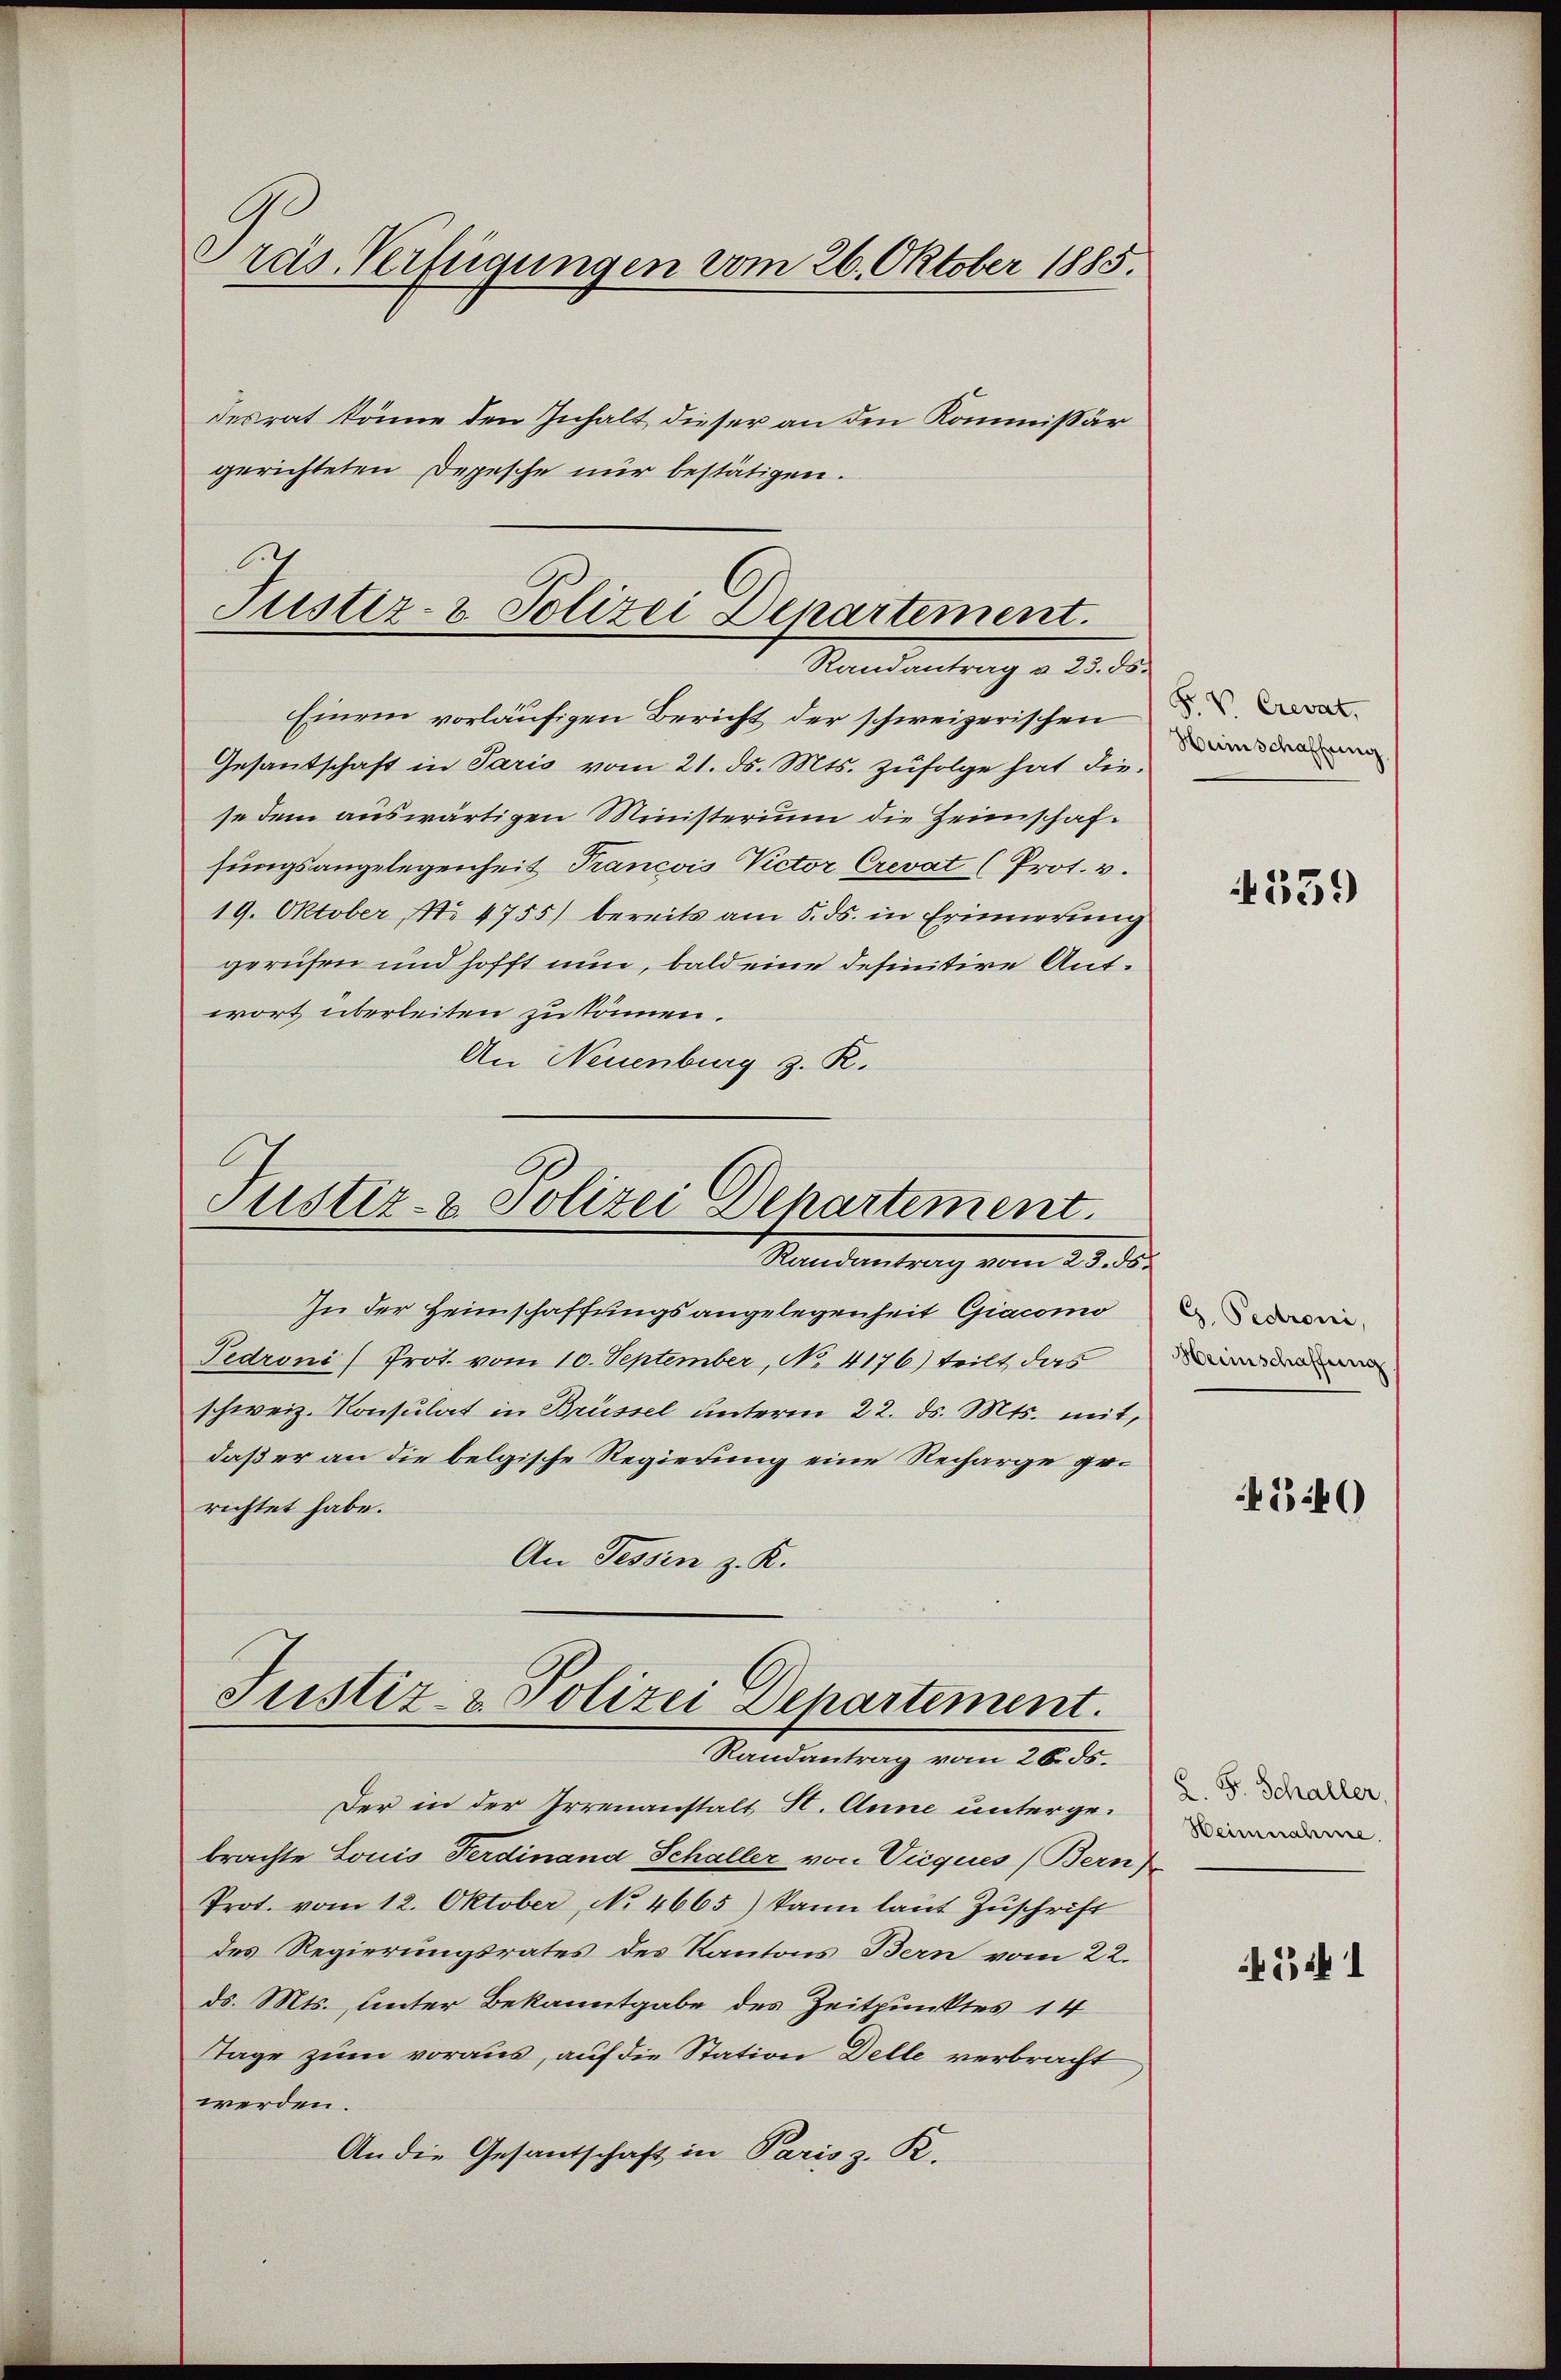
Präs. Verfügungen vom 26. Oktober 1885.

desrat könne den Inhalt dieser an den Kommissär
gerichteten Depesche nur bestätigen.

Justiz- & Polizei Departement.
Randantrag v. 23. ds.

Einem vorläufigen Bericht der schweizerischen
Gesantschaft in Paris vom 21. ds. Mts. zufolge hat diese dem auswärtigen Ministerium die Heimschafsungsangelegenheit Trancois Victor Crevat (Prot. v.
19. Oktober No. 4755) bereits am 5. ds. in Erinnerung
gerufen und hofft nun, bald eine definitive Antwort überleiten zu können.
An Neuenburg z. R.

Justiz- & Polizei Departement.
1 Mandentrag vom 23. ds.

In der Heimschaffungsangelegenheit Giacomo
Pedroni (Prot. vom 10. September, No. 4176) teilt das
schweiz. Konsulat in Brüssel unterm 22. ds. Mts. mit,
daß er an die belgische Regierung eine Recharge gerichtet habe.
An Tessin z. K.
Der in der Irrenanstalt St. Anne untergebrachte Louis Ferdinand Schaller von Vieques (Bern)
Prot. vom 12. Oktober, No 4665) kann laut Zuschrift
des Regierungsrates des Kantons Bern vom 22.
ds. Mts. unter Bekanntgabe des Zeitpunktes 14
Tage zum voraus, auf die Station Delle verbracht
werden.
An die Gesandschaft in Parisz. R.

Justiz- & Polizei Departement.
Randantrag vom 26. ds.

F. V Crevat,
Heinschaffung

359

G. Pedroni,
Meiischaffung

540

L. F. Schaller,
Weinnahme.

241